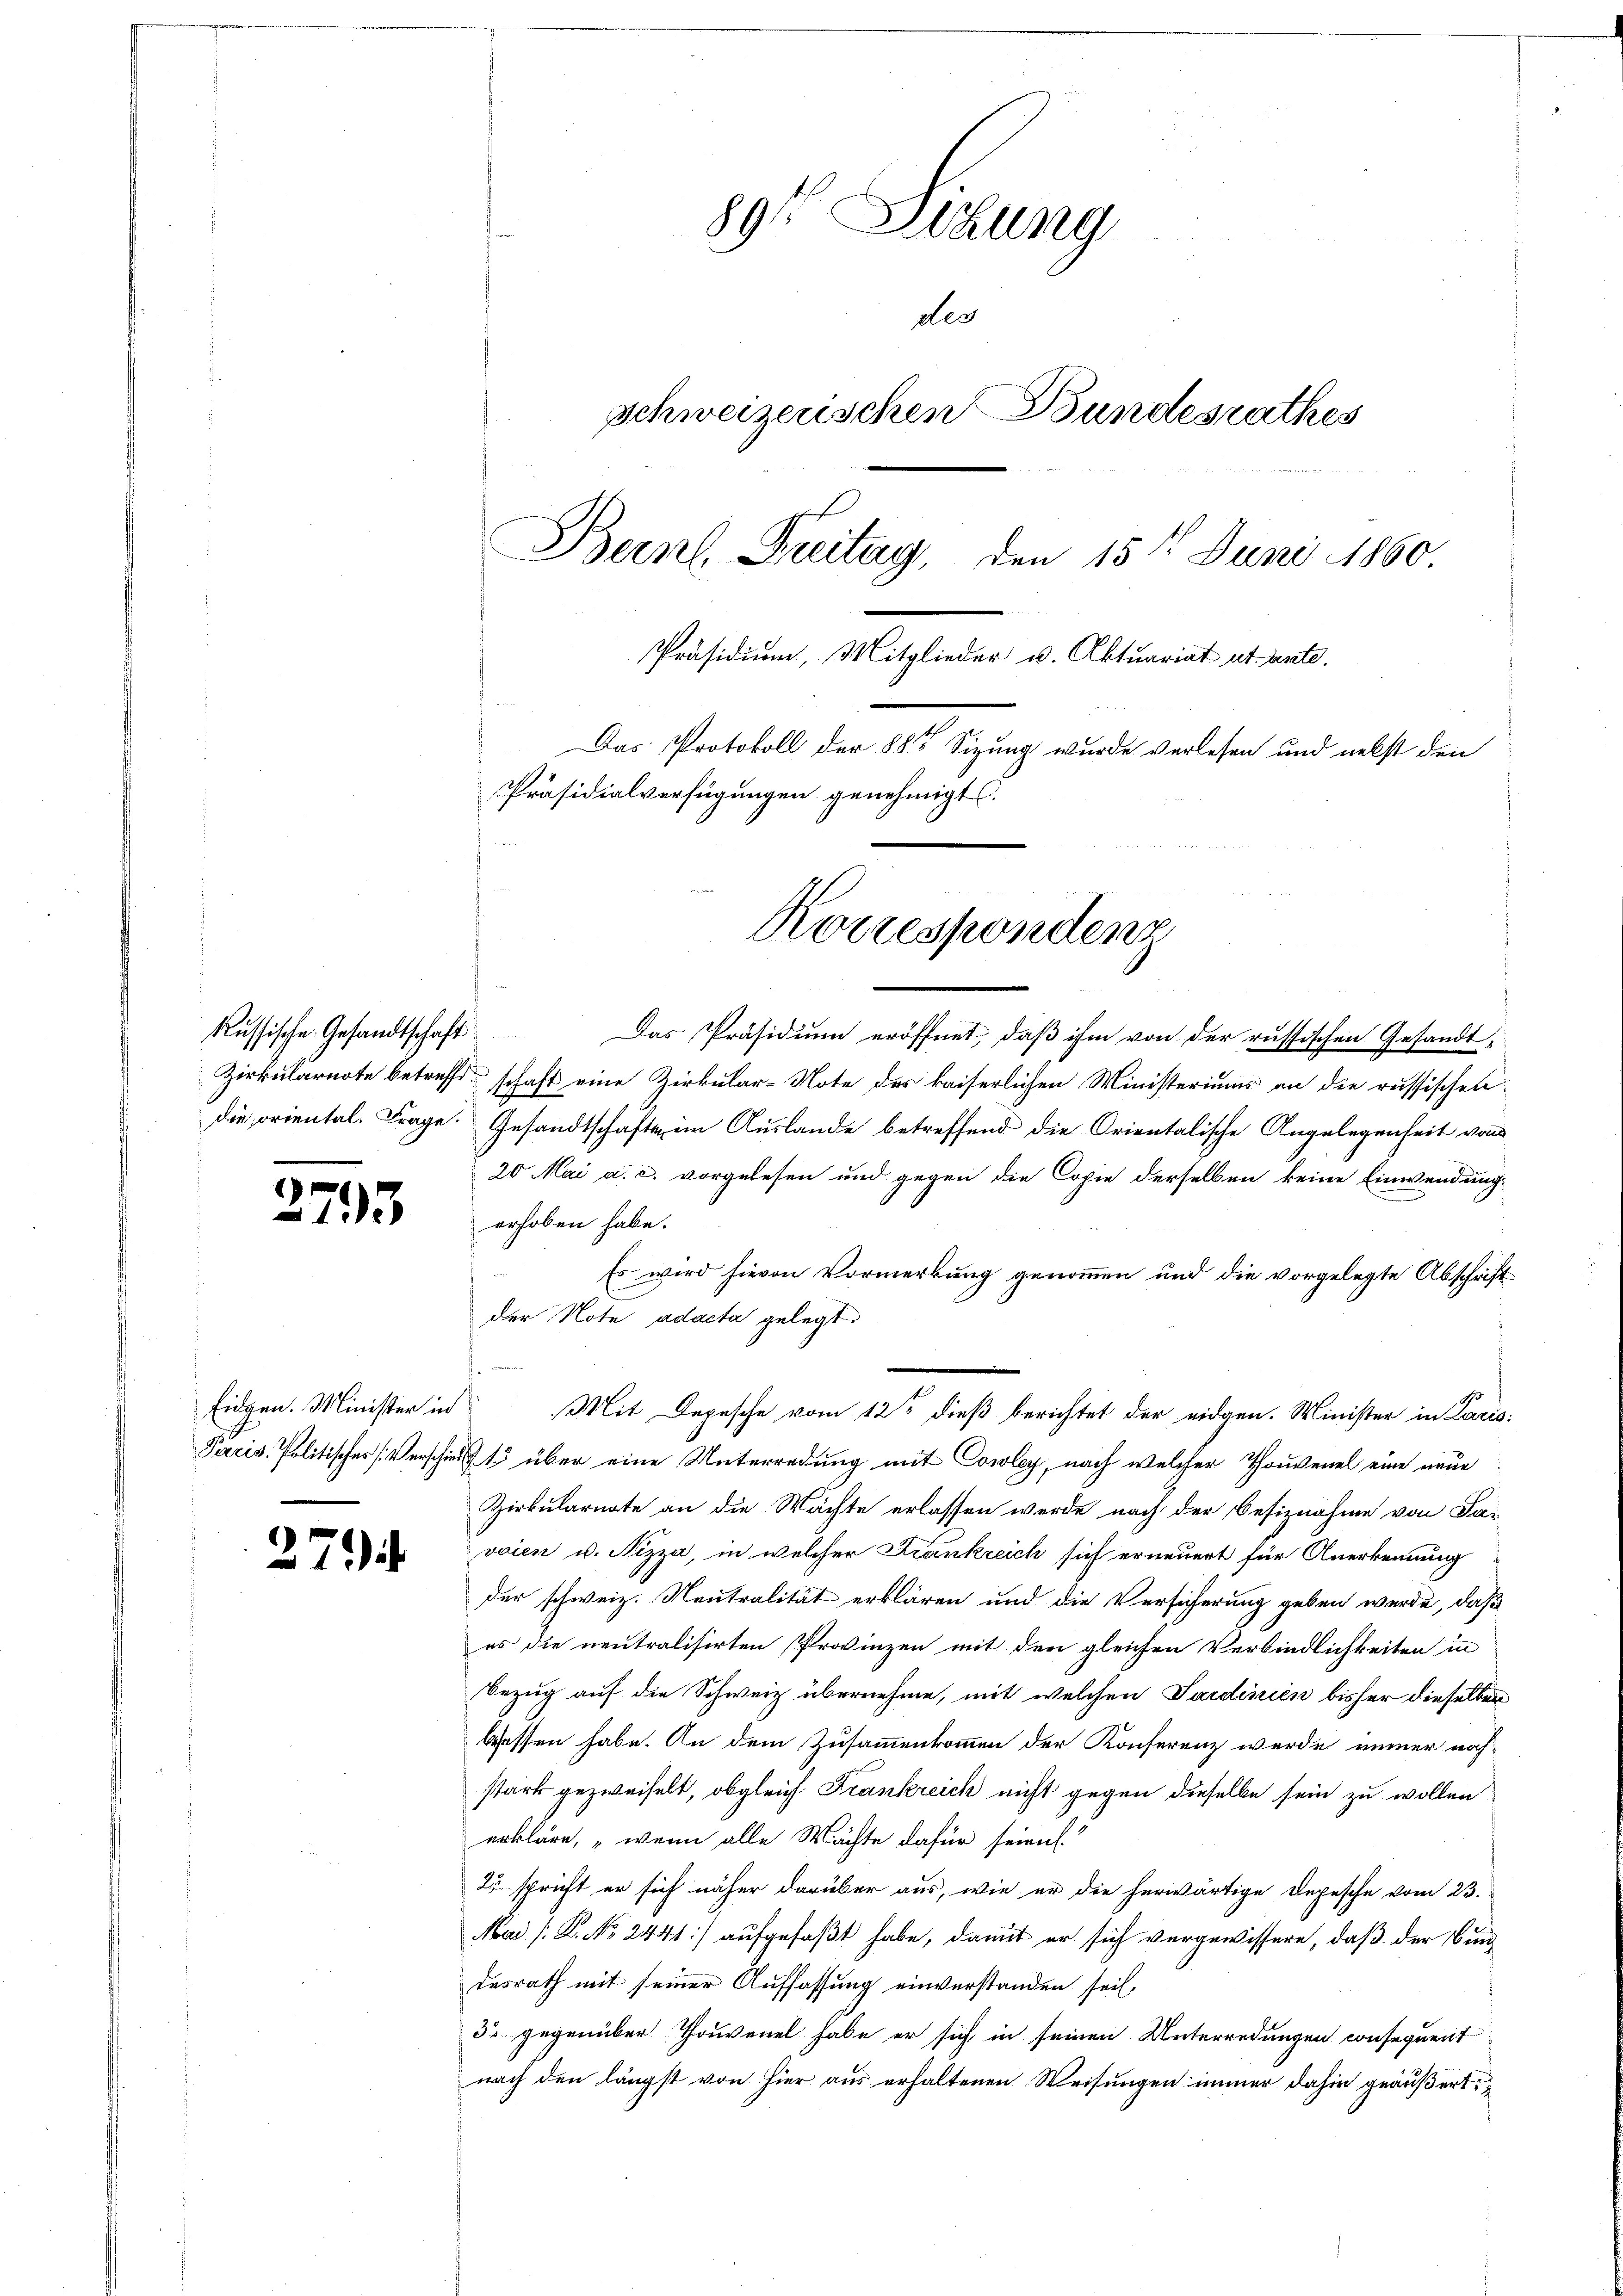
Russische Gesandtschaft

27

Eidgen. Minister in

2.

3

Das Präsidium eröffnet, daß ihm von der russischen Gesandt-
Zirkulärnote betreffe schaft eine Zirkular-Note des kaiserlichen Ministeriums an die russischen
die oriental. Frage. Gesandtschaft im Auslande betreffend die Orientalische Angelegenheit von
20 Mai a. c. vorgelesen und gegen die Copie derselben keine Einwendung
erhoben habe.
Es wird hievon Vormerkung genommen und die vorgelegte Abschriftder Note adacta gelegt.
Pacis Politisches Verschied 15 über eine Unterredung mit Cowley, nach welcher Thouvenel eine neue
Zirkularnate an die Wachte erlassen werde nach der Besiznahme von Savoien u. Nizza, in welcher Frankreich sich erneuert für Anerkennung
der schweiz. Neutralität erklären und die Versicherung geben werde, daß
es die neutralisirten Provinzen mit den gleichen Verbindlichkeiten in
Bezug auf die Schweiz übernehme, mit welchen Sardinien bisher dieselben
Gessen habe. An dem Zusammenkommen der Konferenz werde immer nach-
stark gezweifelt, obgleich Frankreich nicht gegen dieselbe sein zu wollen
erkläre, „wenn alle Machte dafür seien.
2 spricht er sich näher darüber aus, wie er die herwärtige Depesche vom 23.
Mai [K. No 2441] aufgefaßt habe, damit er sich vergewissere, daß der Bundesrath mit seiner Auffassung einverstanden sei.
3 gegenüber Thouvenel habe er sich in seinen Unterredungen consequent
nach den längst von Hier aus erhaltenen Weisungen immer dahin geäußert,

89 Sibung
des
schweizerischen Bundesrathes
Beinl. Freitag, den 15ten Juni 1860.
Präsidium, Mitglieder v. Aktuariat et unte
Das Protokoll der 88te Sitzung wurde verlesen und nebst den
Präsidialverfügungen genehmigt.

Korrespondenz

Mit Depesche vom 12te dieß berichtet der eidgen. Minister in Lacis: